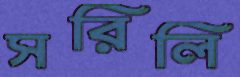
সরিলি